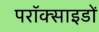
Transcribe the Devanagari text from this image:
परॉक्साइडों